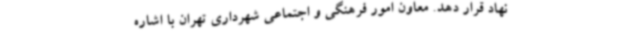
نهاد قرار دهد. معاون امور فرهنگی و اجتماعی شهرداری تهران با اشاره